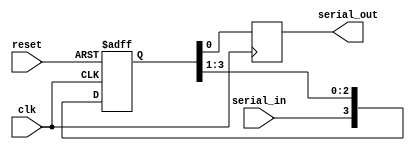
module pes_siso (
  input clk,      // Clock input
  input reset,    // Reset input
  input serial_in, // Serial input
  output reg serial_out // Serial output
);

  reg [3:0] shift_reg; // 4-bit shift register

  always @(posedge clk or posedge reset) begin
    if (reset) begin
      shift_reg <= 4'b0000; // Reset the shift register
    end else begin
      // Shift right, MSB to LSB
      shift_reg <= {serial_in, shift_reg[3:1]}; 
    end
  end

  always @(posedge clk) begin
    serial_out <= shift_reg[0]; // Output the LSB
  end

endmodule